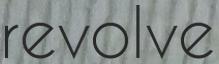
revolve